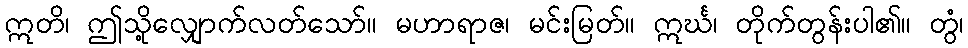
ဣတိ၊ ဤသို့လျှောက်လတ်သော်။ မဟာရာဇ၊ မင်းမြတ်။ ဣင်္ဃ၊ တိုက်တွန်းပါ၏။ တွံ၊